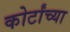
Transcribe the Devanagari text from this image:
कोर्टांच्या